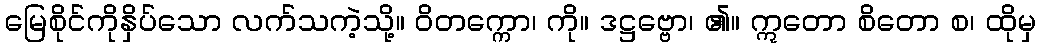
မြေစိုင်ကိုနှိပ်သော လက်သကဲ့သို့။ ဝိတက္ကော၊ ကို။ ဒဋ္ဌဗ္ဗော၊ ၏။ ဣတော စိတော စ၊ ထိုမှ